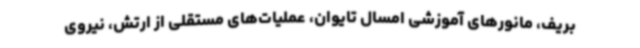
بریف، مانورهای آموزشی امسال تایوان، عملیات‌های مستقلی از ارتش، نیروی